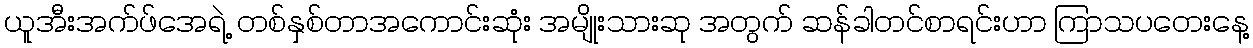
ယူအီးအက်ဖ်အေရဲ့ တစ်နှစ်တာအကောင်းဆုံး အမျိုးသားဆု အတွက် ဆန်ခါတင်စာရင်းဟာ ကြာသပတေးနေ့